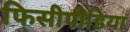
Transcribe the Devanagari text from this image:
फिसीपीडिया